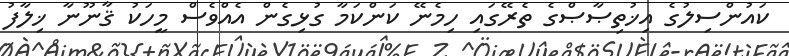
ކައުންސިލުގެ އިޚުތިޞާޞްގެ ތެރޭގައި ހިމެނޭ ކަންކަމާ ގުޅިގެން އެއްވެސް މީހަކު ޤާނޫނާ ޚިލާފު